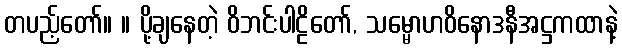
တပည့်တော်။ ။ ပို့ချနေတဲ့ ဝိဘင်းပါဠိတော်, သမ္မောဟဝိနောဒနီအဋ္ဌကထာနဲ့